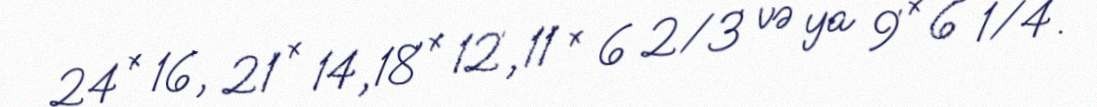
24′ × 16′, 21′ × 14′, 18′ × 12′, 11′ × 6 2⁄3′ və ya 9′ × 6 1⁄4′.